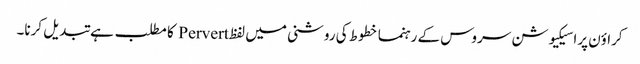
کراؤن پراسیکیوشن سروس کے رہنما خطوط کی روشنی میں لفظ Pervert کا مطلب ہے تبدیل کرنا۔